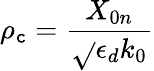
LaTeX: \rho_{\mathtt{c}}=\frac{{X_{0n}}}{{\sqrt{}{{\epsilon_{d}}}k_{0}}}